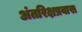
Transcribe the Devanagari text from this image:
अंतरिक्षप्रवास